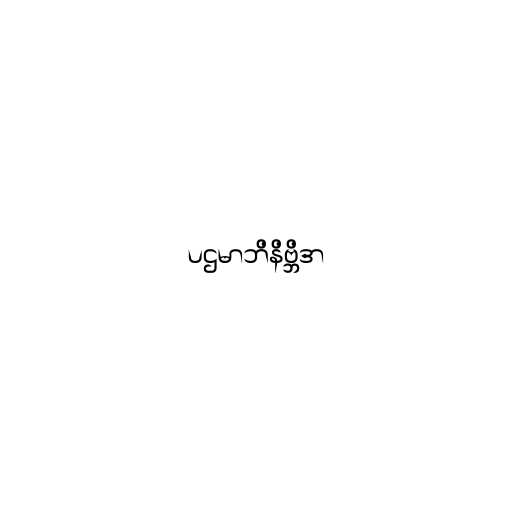
ပဌမာဘိနိဗ္ဘိဒာ